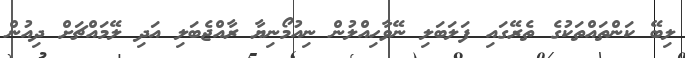
ލިބޭ ކަންތައްތަކުގެ ތެރޭގައި ފަލަބަލި ނޭވާހިއްލުން ނިއުމޯނިޔާ ރާއްޖެބަލި އަދި ލޭމައްޗަށް ދިއުން